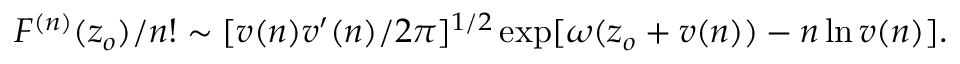
F ^ { ( n ) } ( z _ { o } ) / n ! \sim [ v ( n ) v ^ { \prime } ( n ) / 2 \pi ] ^ { 1 / 2 } \exp [ \omega ( z _ { o } + v ( n ) ) - n \ln v ( n ) ] .